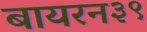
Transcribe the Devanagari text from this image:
बायरन३९